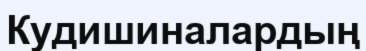
Кудишиналардың